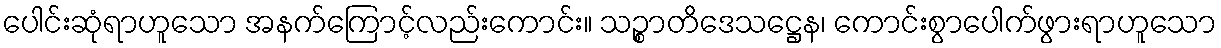
ပေါင်းဆုံရာဟူသော အနက်ကြောင့်လည်းကောင်း။ သဉ္စာတိဒေသဋ္ဌေန၊ ကောင်းစွာပေါက်ဖွားရာဟူသော